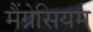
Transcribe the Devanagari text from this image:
मैंग्नेसियम